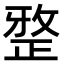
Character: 𭣼